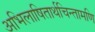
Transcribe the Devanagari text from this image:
अभिलाषितार्थचिन्तामणि